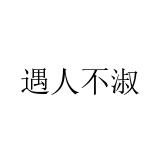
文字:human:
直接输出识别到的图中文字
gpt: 遇人不淑